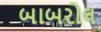
બાબરોલ